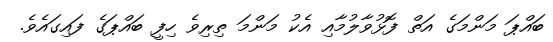
ބައްޕަ މަންމަގެ އަތް ފޮޅުވާލުމާއި އެކު މަންމަ ތިރިވެ ހިފީ ބައްޕަގެ ފައިގައެވެ.